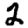
Digit: 2